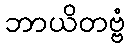
ဘာယိတဗ္ဗံ